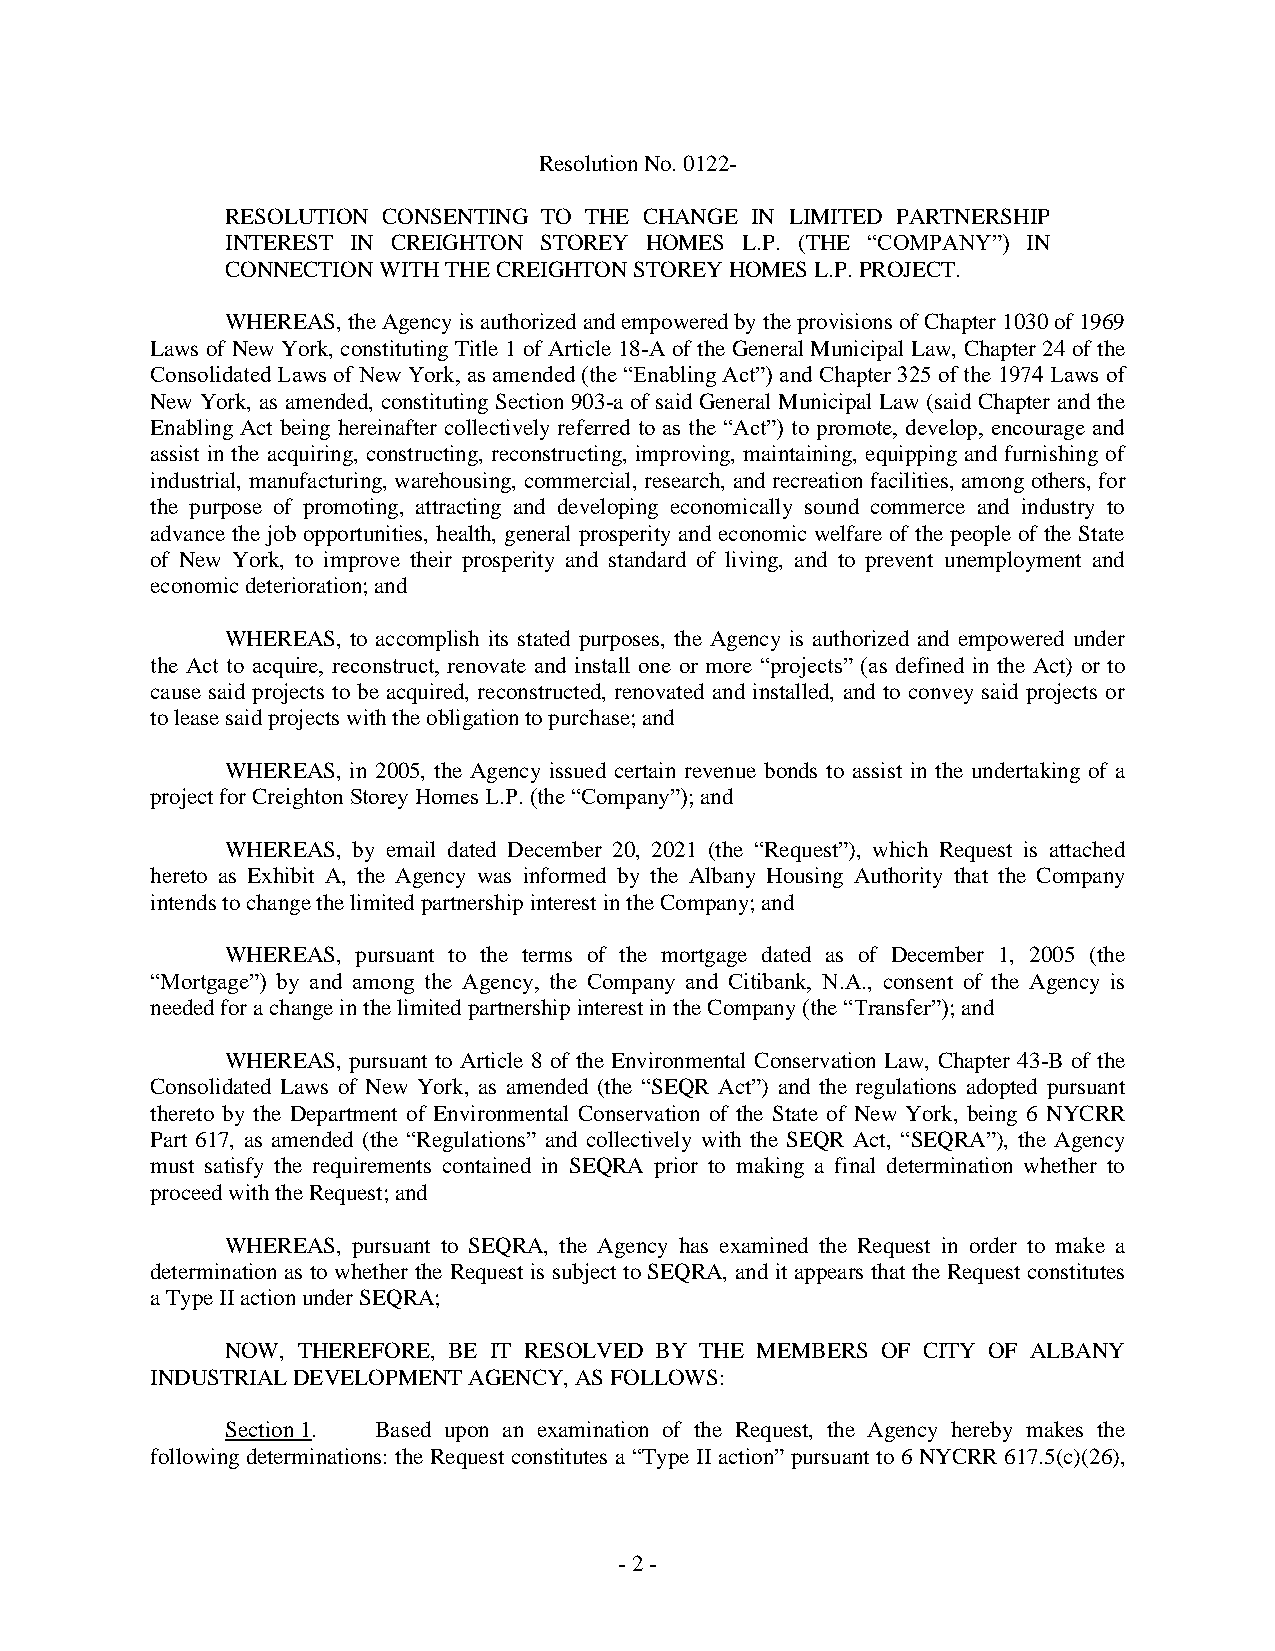
Resolution No. 0122-
 RESOLUTION CONSENTING TO THE CHANGE IN LIMITED PARTNERSHIP
 INTEREST IN CREIGHTON STOREY HOMES L.P. (THE “COMPANY”) IN
 CONNECTION WITH THE CREIGHTON STOREY HOMES L.P. PROJECT.
 WHEREAS, the Agency is authorized and empowered by the provisions of Chapter 1030 of 1969
 Laws of New York, constituting Title 1 of Article 18-A of the General Municipal Law, Chapter 24 of the
 Consolidated Laws of New York, as amended (the “Enabling Act”) and Chapter 325 of the 1974 Laws of
 New York, as amended, constituting Section 903-a of said General Municipal Law (said Chapter and the
 Enabling Act being hereinafter collectively referred to as the “Act”) to promote, develop, encourage and
 assist in the acquiring, constructing, reconstructing, improving, maintaining, equipping and furnishing of
 industrial, manufacturing, warehousing, commercial, research, and recreation facilities, among others, for
 the purpose of promoting, attracting and developing economically sound commerce and industry to
 advance the job opportunities, health, general prosperity and economic welfare of the people of the State
 of New York, to improve their prosperity and standard of living, and to prevent unemployment and
 economic deterioration; and
 WHEREAS, to accomplish its stated purposes, the Agency is authorized and empowered under
 the Act to acquire, reconstruct, renovate and install one or more “projects” (as defined in the Act) or to
 cause said projects to be acquired, reconstructed, renovated and installed, and to convey said projects or
 to lease said projects with the obligation to purchase; and
 WHEREAS, in 2005, the Agency issued certain revenue bonds to assist in the undertaking of a
 project for Creighton Storey Homes L.P. (the “Company”); and
 WHEREAS, by email dated December 20, 2021 (the “Request”), which Request is attached
 hereto as Exhibit A, the Agency was informed by the Albany Housing Authority that the Company
 intends to change the limited partnership interest in the Company; and
 WHEREAS, pursuant to the terms of the mortgage dated as of December 1, 2005 (the
 “Mortgage”) by and among the Agency, the Company and Citibank, N.A., consent of the Agency is
 needed for a change in the limited partnership interest in the Company (the “Transfer”); and
 WHEREAS, pursuant to Article 8 of the Environmental Conservation Law, Chapter 43-B of the
 Consolidated Laws of New York, as amended (the “SEQR Act”) and the regulations adopted pursuant
 thereto by the Department of Environmental Conservation of the State of New York, being 6 NYCRR
 Part 617, as amended (the “Regulations” and collectively with the SEQR Act, “SEQRA”), the Agency
 must satisfy the requirements contained in SEQRA prior to making a final determination whether to
 proceed with the Request; and
 WHEREAS, pursuant to SEQRA, the Agency has examined the Request in order to make a
 determination as to whether the Request is subject to SEQRA, and it appears that the Request constitutes
 a Type II action under SEQRA;
 NOW, THEREFORE, BE IT RESOLVED BY THE MEMBERS OF CITY OF ALBANY
 INDUSTRIAL DEVELOPMENT AGENCY, AS FOLLOWS:
 Section 1. Based upon an examination of the Request, the Agency hereby makes the
 following determinations: the Request constitutes a “Type II action” pursuant to 6 NYCRR 617.5(c)(26),
 - 2 -